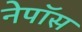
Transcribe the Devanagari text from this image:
नेपॉस